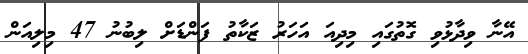
އޭނާ ވިދާޅުވި ގޮތުގައި މިދިއަ އަހަރު ޒަކާތު ފަންޑަށް ލިބުނު 47 މިލިއަން